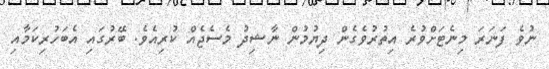
ނުވެ ފަނަރަ މިނެޓަށްވުރެ އިތުރުވެގެން ދިޔުމުން ނާޝިދު މެސެޖެއް ކުރިއެވެ. ބޭރުގައި އެބަހުރިކަމާއި